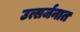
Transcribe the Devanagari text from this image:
उत्सर्जनात